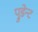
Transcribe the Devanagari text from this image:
प्रुडेन्ट